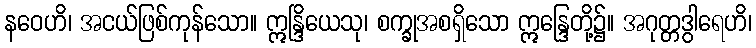
နဝေဟိ၊ အငယ်ဖြစ်ကုန်သော။ ဣန္ဒြိယေသု၊ စက္ခုအစရှိသော ဣန္ဒြေတို့၌။ အဂုတ္တဒွါရေဟိ၊